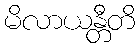
မိလာယန္တီတိ